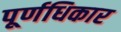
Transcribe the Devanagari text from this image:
पूर्णधिकार